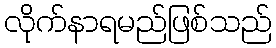
လိုက်နာရမည်ဖြစ်သည်